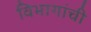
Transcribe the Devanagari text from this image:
विभागांंची